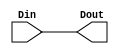
module MOutRegister(
    input wire [17:0] Din,
	output wire [17:0] Dout
	);
	
	reg [17:0] d;
	assign Dout = d;
	
	always @(Din) begin
		d<=Din;
	end
endmodule